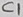
Text: C1